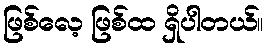
ဖြစ်လေ့ ဖြစ်ထ ရှိပါတယ်။